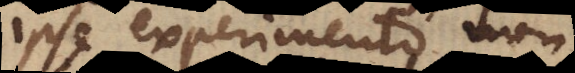
ipse experimento non